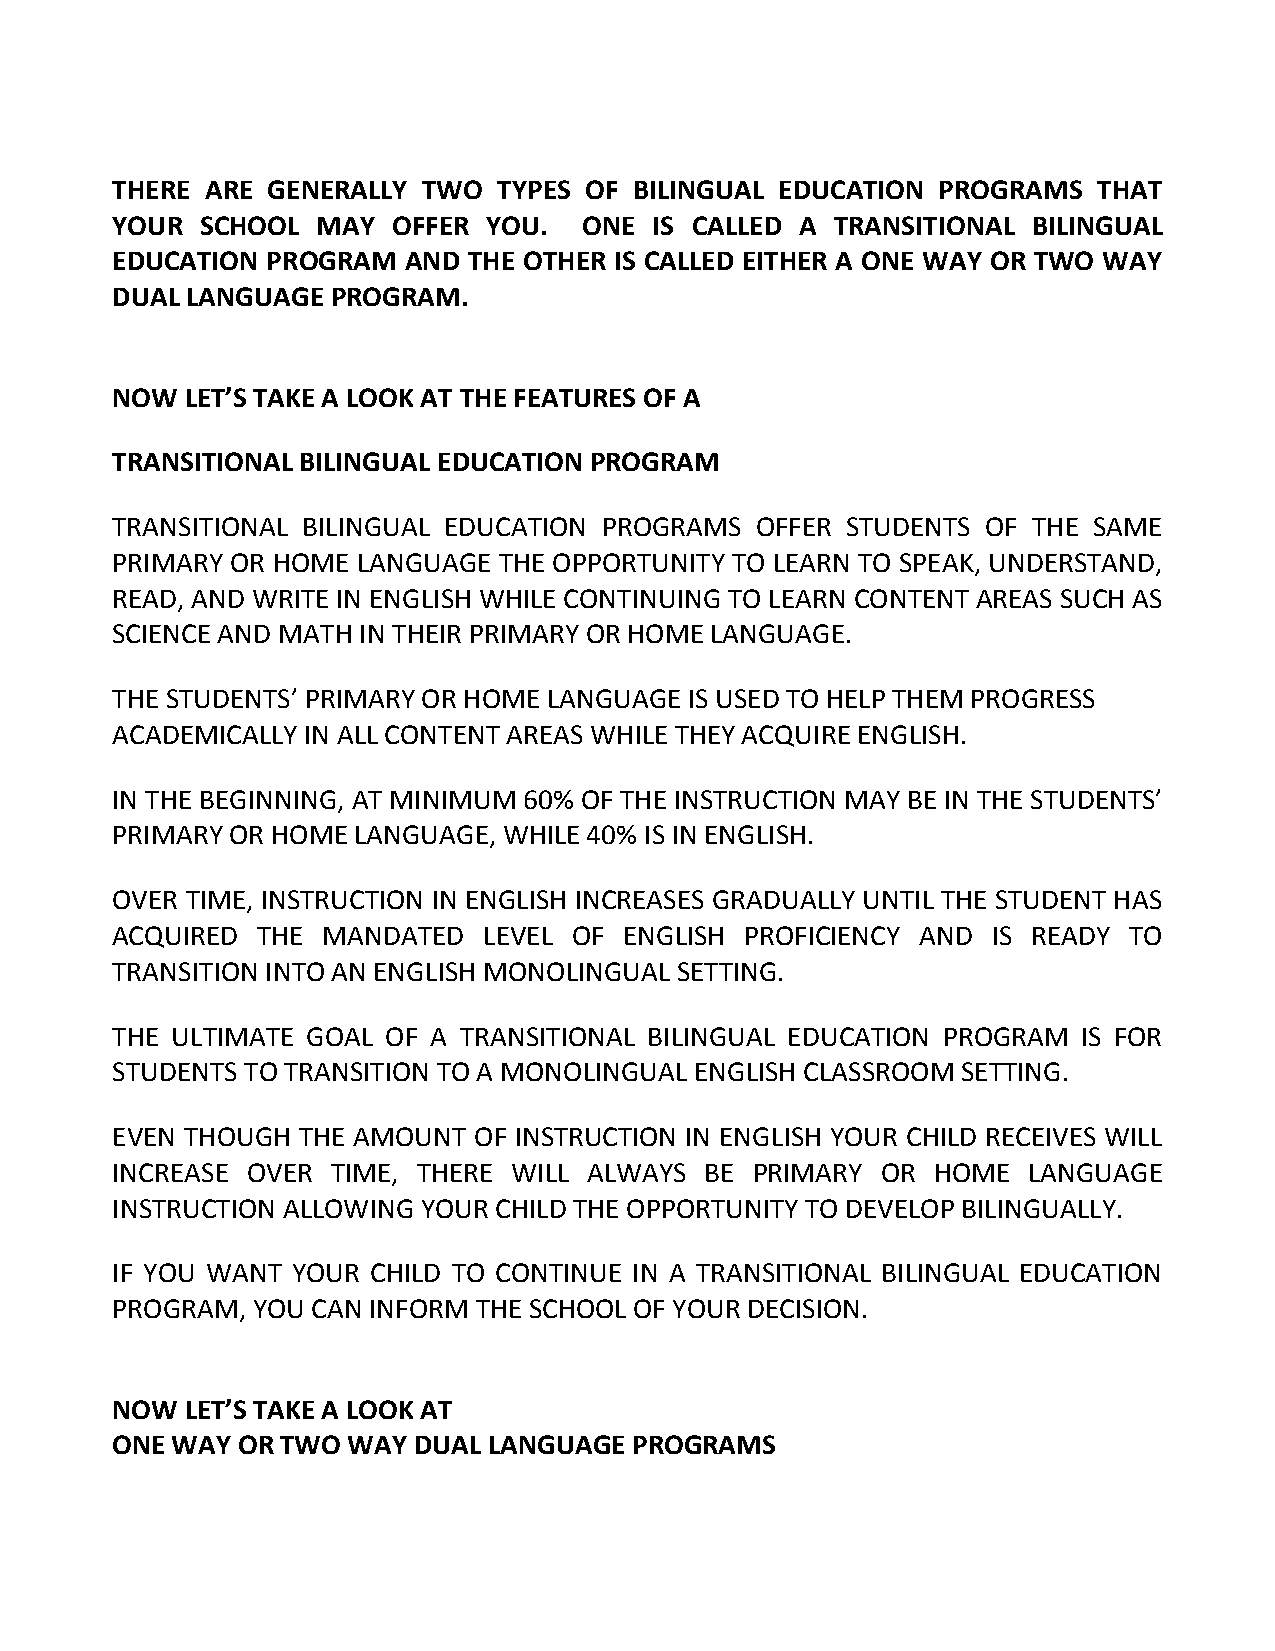
THERE  ARE GENERALLY TWO  TYPES OF BILINGUAL EDUCATION PROGRAMS   THAT
 YOUR  SCHOOL  MAY  OFFER YOU.   ONE IS CALLED A TRANSITIONAL BILINGUAL
 EDUCATION  PROGRAM  AND THE OTHER IS CALLED EITHER A ONE WAY OR TWO WAY
 DUAL LANGUAGE  PROGRAM.
 NOW  LET’S TAKE A LOOK AT THE FEATURES OF A
 TRANSITIONAL BILINGUAL EDUCATION PROGRAM
 TRANSITIONAL BILINGUAL EDUCATION PROGRAMS  OFFER STUDENTS OF THE SAME
 PRIMARY OR HOME  LANGUAGE THE OPPORTUNITY TO LEARN TO SPEAK, UNDERSTAND,
 READ, AND WRITE IN ENGLISH WHILE CONTINUING TO LEARN CONTENT AREAS SUCH AS
 SCIENCE AND MATH IN THEIR PRIMARY OR HOME LANGUAGE.
 THE STUDENTS’ PRIMARY OR HOME LANGUAGE IS USED TO HELP THEM PROGRESS
 ACADEMICALLY IN ALL CONTENT AREAS WHILE THEY ACQUIRE ENGLISH.
 IN THE BEGINNING, AT MINIMUM 60% OF THE INSTRUCTION MAY BE IN THE STUDENTS’
 PRIMARY OR HOME LANGUAGE, WHILE 40% IS IN ENGLISH.
 OVER TIME, INSTRUCTION IN ENGLISH INCREASES GRADUALLY UNTIL THE STUDENT HAS
 ACQUIRED  THE MANDATED   LEVEL OF ENGLISH PROFICIENCY AND  IS READY TO
 TRANSITION INTO AN ENGLISH MONOLINGUAL SETTING.
 THE ULTIMATE GOAL  OF A TRANSITIONAL BILINGUAL EDUCATION PROGRAM IS FOR
 STUDENTS TO TRANSITION TO A MONOLINGUAL ENGLISH CLASSROOM SETTING.
 EVEN THOUGH  THE AMOUNT OF INSTRUCTION IN ENGLISH YOUR CHILD RECEIVES WILL
 INCREASE OVER  TIME, THERE WILL ALWAYS  BE PRIMARY OR  HOME  LANGUAGE
 INSTRUCTION ALLOWING YOUR CHILD THE OPPORTUNITY TO DEVELOP BILINGUALLY.
 IF YOU WANT YOUR  CHILD TO CONTINUE IN A TRANSITIONAL BILINGUAL EDUCATION
 PROGRAM,  YOU CAN INFORM THE SCHOOL OF YOUR DECISION.
 NOW  LET’S TAKE A LOOK AT
 ONE WAY  OR TWO WAY DUAL LANGUAGE  PROGRAMS